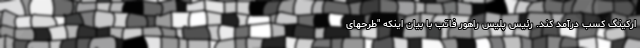
ارکینگ کسب درآمد کند. رئیس پلیس راهور فاتب با بیان اینکه "طرحهای